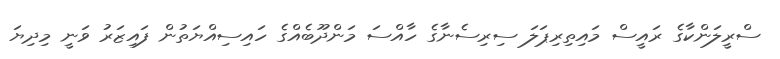
ސްރީލަންކާގެ ރައީސް މައިތިރިޕަލަ ސިރިސެނާގެ ހާއްސަ މަންދޫބެއްގެ ހައިސިއްޔަތުން ފައިޒަރު ވަނީ މިދިޔަ